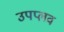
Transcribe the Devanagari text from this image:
उपप्लव